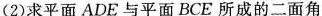
(2)求平面ADE与平面BCE所成的二面角